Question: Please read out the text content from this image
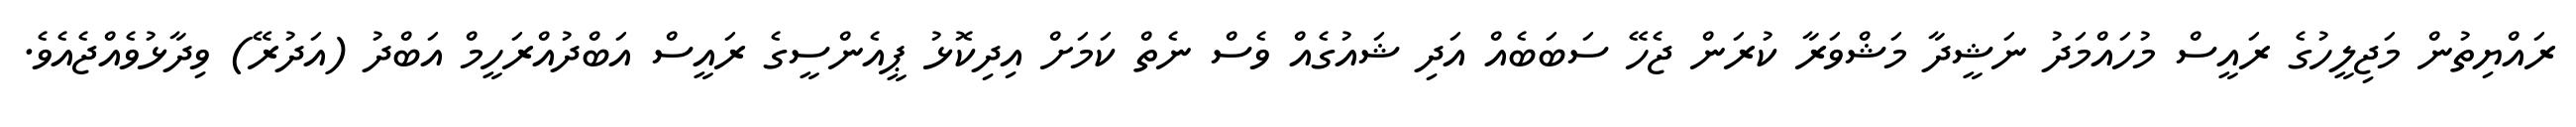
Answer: ރައްޔިތުން މަޖިލީހުގެ ރައީސް މުހައްމަދު ނަޝީދާ މަޝްވަރާ ކުރަން ޖެހޭ ސަބަބެއް އަދި ޝައުގެއް ވެސް ނެތް ކަމަށް އިދިކޮޅު ޕީއެންސީގެ ރައީސް އަބްދުއްރަހީމް އަބްދު (އަދުރޭ) ވިދާޅުވެއްޖެއެވެ.